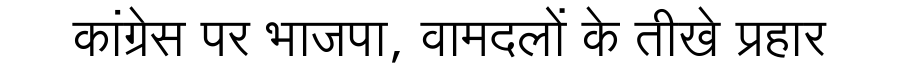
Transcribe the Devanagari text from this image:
कांग्रेस पर भाजपा, वामदलों के तीखे प्रहार